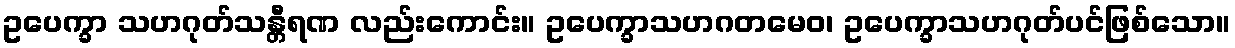
ဥပေက္ခာ သဟဂုတ်သန္တီရဏ လည်းကောင်း။ ဥပေက္ခာသဟဂတမေဝ၊ ဥပေက္ခာသဟဂုတ်ပင်ဖြစ်သော။